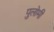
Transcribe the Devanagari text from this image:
पुलोमी